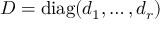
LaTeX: D = \mathrm { d i a g } ( d _ { 1 } , \ldots , d _ { r } )